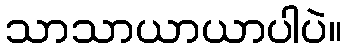
သာသာယာယာပါပဲ။